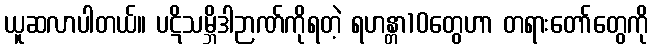
ယူဆလာပါတယ်။ ပဋိသမ္ဘိဒါဉာဏ်ကိုရတဲ့ ရဟန္တာ10တွေဟာ တရားတော်တွေကို